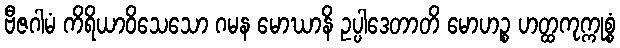
ဗီဇဂါမံ ကိရိယာဝိသေသော ဂမန မောဃာနိ ဥပ္ပါဒေတာတိ မောဟဉ္စ ဟတ္ထကုက္ကုစ္စံ